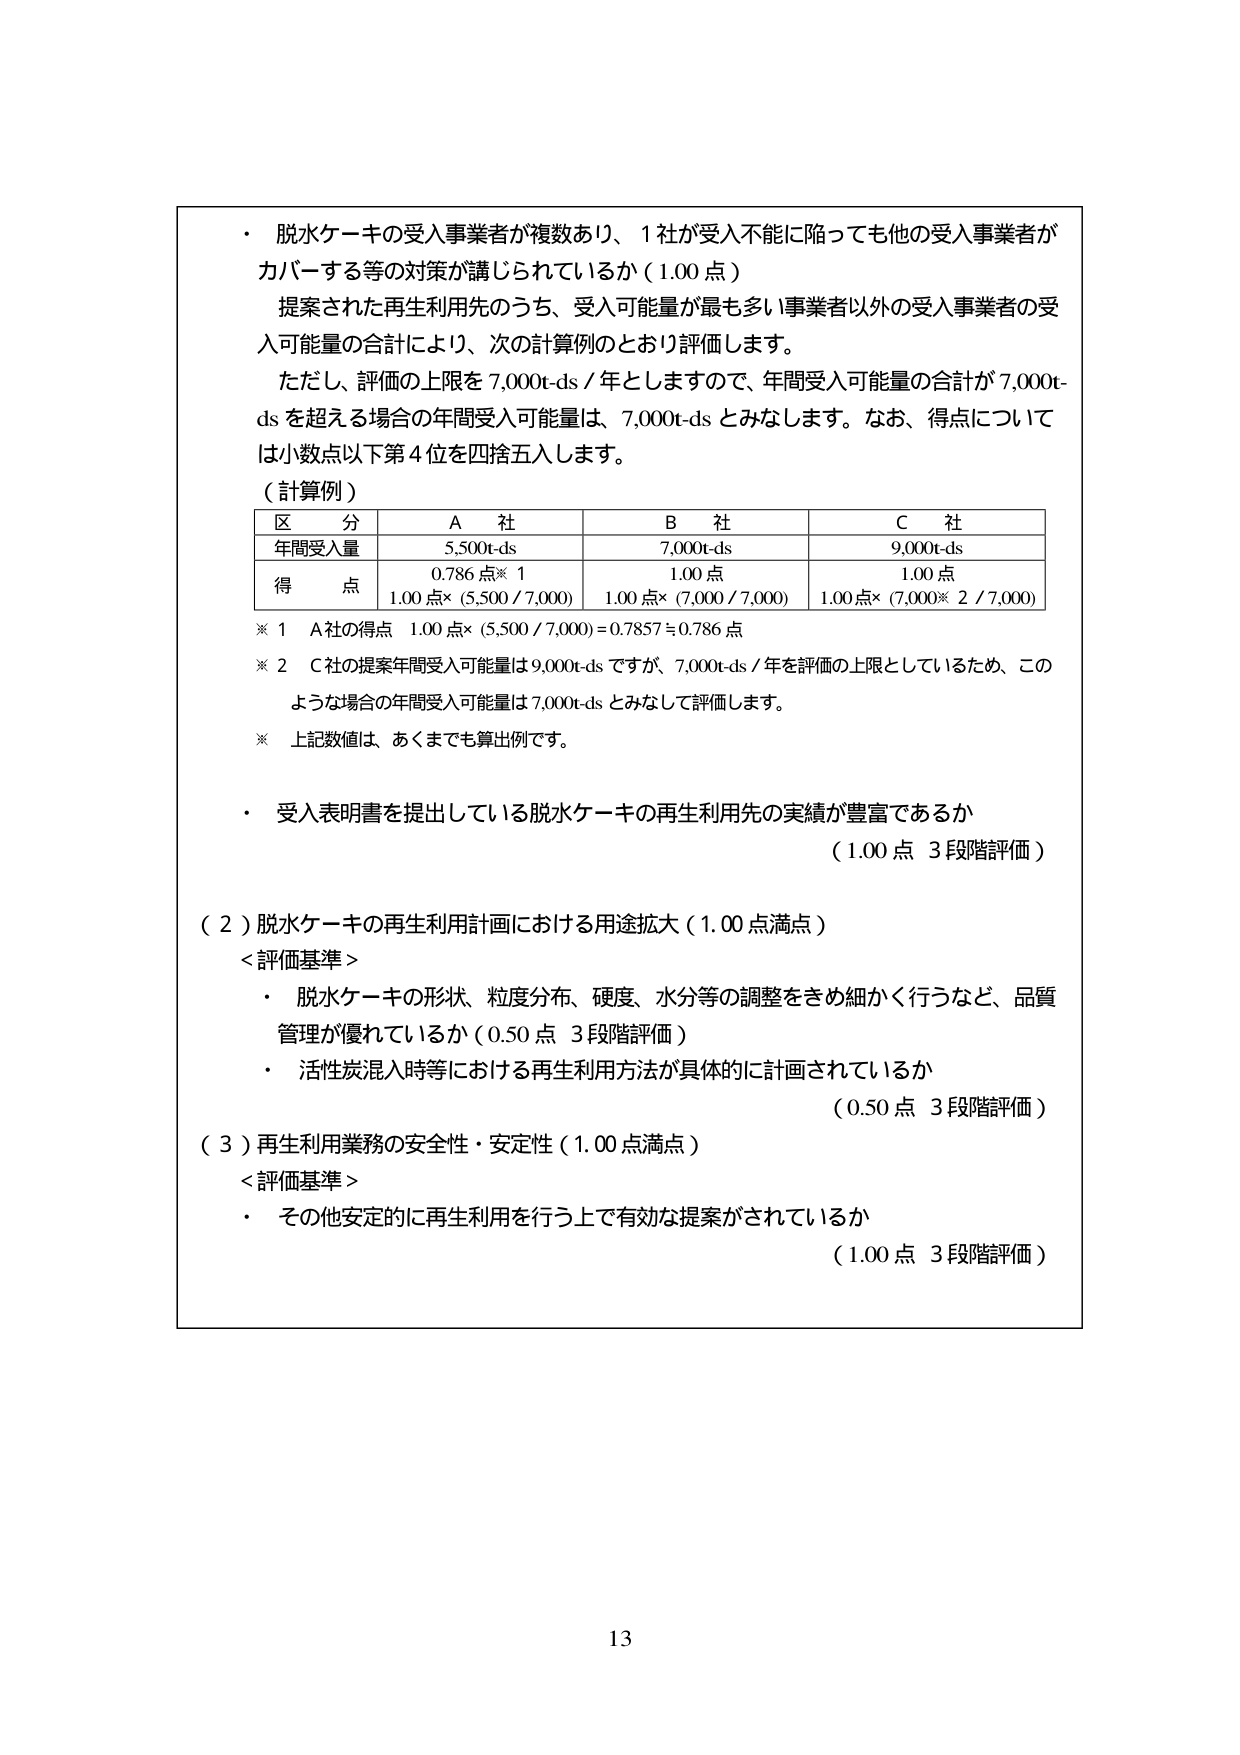
・ 脱水ケーキの受入事業者が複数あり、1社が受入不能に陥っても他の受入事業者がカバーする等の対策が講じられているか（1.00点）
提案された再生利用先のうち、受入可能量が最も多い事業者以外の受入事業者の受入可能量の合計により、次の計算例のとおり評価します。
ただし、評価の上限を7,000t-ds/年としますので、年間受入可能量の合計が7,000t-dsを超える場合の年間受入可能量は、7,000t-dsとみなします。なお、得点については小数点以下第4位を四捨五入します。

（計算例）
| 区分 | A社 | B社 | C社 |
|------|-----|-----|-----|
| 年間受入量 | 5,500t-ds | 7,000t-ds | 9,000t-ds |
| 得点 | 0.786点※1<br>1.00点×（5,500 / 7,000） | 1.00点<br>1.00点×（7,000 / 7,000） | 1.00点<br>1.00点×（7,000※2 / 7,000） |

※1 A社の得点 1.00点×（5,500 / 7,000）= 0.7857 ≒ 0.786点
※2 C社の提案年間受入可能量は9,000t-dsですが、7,000t-ds/年を評価の上限としているため、このような場合の年間受入可能量は7,000t-dsとみなして評価します。
※ 上記数値は、あくまでも算出例です。

・ 受入表明書を提出している脱水ケーキの再生利用先の実績が豊富であるか
（1.00点 3段階評価）

（2）脱水ケーキの再生利用計画における用途拡大（1.00点満点）
＜評価基準＞
・ 脱水ケーキの形状、粒度分布、硬度、水分等の調整をきめ細かく行うなど、品質管理が優れているか（0.50点 3段階評価）
・ 活性炭混入時等における再生利用方法が具体的に計画されているか
（0.50点 3段階評価）

（3）再生利用業務の安全性・安定性（1.00点満点）
＜評価基準＞
・ その他安定的に再生利用を行う上で有効な提案がされているか
（1.00点 3段階評価）

13